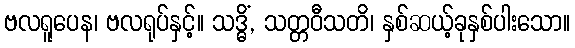
ဗလရူပေန၊ ဗလရုပ်နှင့်။ သဒ္ဓိံ, သတ္တဝီသတိ၊ နှစ်ဆယ့်ခုနှစ်ပါးသော။